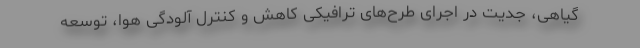
گیاهی، جدیت در اجرای طرح‌های ترافیکی کاهش و کنترل آلودگی هوا، توسعه